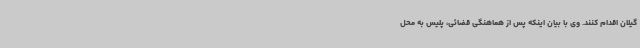
گیلان اقدام کنند. وی با بیان اینکه پس از هماهنگی قضائی، پلیس به محل